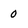
Character: 0